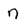
Character: n